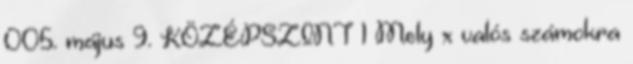
005. május 9. KÖZÉPSZINT 1 Mely x valós számokra